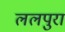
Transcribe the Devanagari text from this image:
ललपुरा